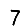
Digit: 7